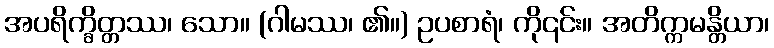
အပရိက္ခိတ္တဿ၊ သော။ (ဂါမဿ၊ ၏။) ဥပစာရံ၊ ကို၎င်း။ အတိက္ကမန္တိယာ၊